Etiology and epidemiology of plague
Disease focus: Plague
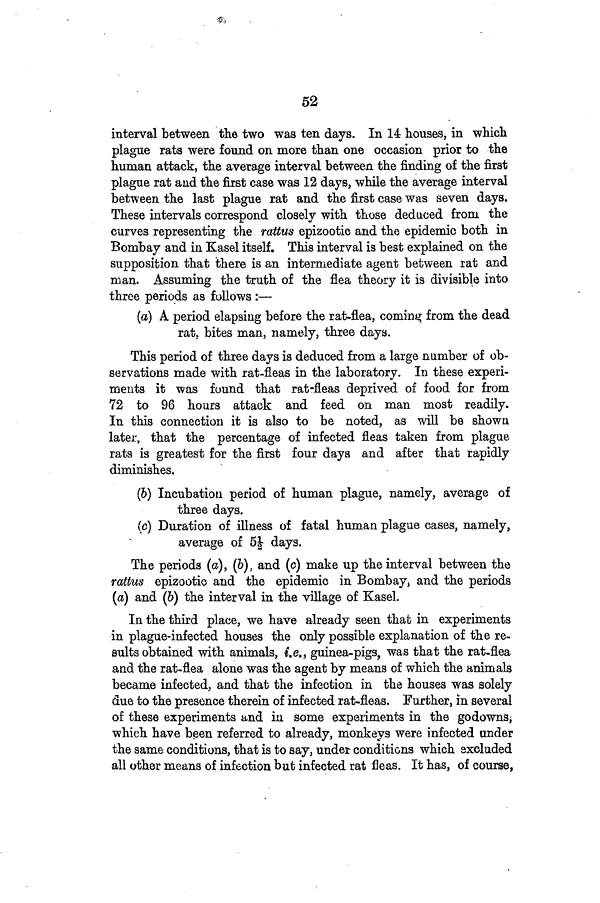
52
interval between the two was ten days. In 14 houses, in which
plague rats were found on more than one occasion prior to the
human attack, the average interval between the finding of the first
plague rat and the first case was 12 days, while the average interval
between the last plague rat and the first case was seven days.
These intervals correspond closely with those deduced from, the
curves representing the rattus epizootic and the epidemic both in
Bombay and in Kasel itself. This interval is best explained on the
supposition that there is an intermediate agent between rat and
man. Assuming the truth of the flea theory it is divisible into
three periods as follows :—
(a) A period elapsing before the rat-flea, coming from the dead
rat, bites man, namely, three days.
This period of three days is deduced from a large number of ob-
servations made with rat-fleas in the laboratory. In these experi-
ments it was found that rat-fleas deprived of food for from
72 to 96 hours attack and feed on man most readily.
In this connection it is also to be noted, as will be shown
later, that the percentage of infected fleas taken from plague,
rats is greatest for the first four days and after that rapidly
diminishes.
(6) Incubation period of human plague, namely, average of
three days,
(c) Duration of illness of fatal human plague cases, namely,
average of 5½ days.
The periods (a), (6), and (c) make up the interval between the
rattus epizootic and the epidemic in Bombay, and the periods
(a) and (b) the interval in the village of Kasel.
In the third place, we have already seen that in experiments
in plague-infected houses the only possible explanation of the re-
sults obtained with animals, i.e., guinea-pigs, was that the rat-flea
and the rat-flea alone was the agent by means of which the animals
became infected, and that the infection in the houses was solely
due to the presence therein of infected rat-fleas. Further, in several
of these experiments and in some experiments in the godowns,
which have been referred to already, monkeys were infected under
the same conditions, that is to say, under conditions which excluded
all other means of infection but infected rat fleas. It has, of course,